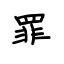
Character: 罪